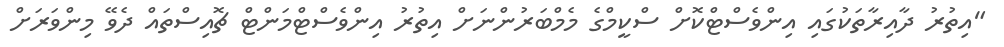
"އިތުރު ދާއިރާތަކުގައި އިންވެސްޓްކޮށް ސްކީމްގެ މެމްބަރުންނަށް އިތުރު އިންވެސްޓްމަންޓް ޗޮއިސްތައް ދެވޭ މިންވަރަށް